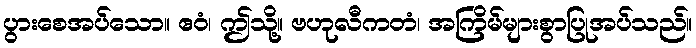
ပွားစေအပ်သော။ ဧဝံ၊ ဤသို့။ ဗဟုလီကတံ၊ အကြိမ်များစွာပြုအပ်သည်။